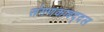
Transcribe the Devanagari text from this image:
संगणकाबद्दल